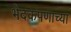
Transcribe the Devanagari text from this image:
भेदकपणाच्या